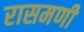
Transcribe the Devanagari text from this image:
रासमणी